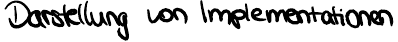
Darstellung von Implementationen